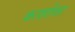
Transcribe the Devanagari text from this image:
काशीवर